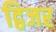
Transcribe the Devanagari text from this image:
द्विजर